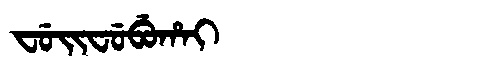
Manchu: ᠸᡠᡳᠸᡠᠪᡠᡥᠠᡳ
Romanization: FUIFUBUHAI